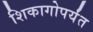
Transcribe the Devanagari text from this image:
शिकागोपर्यंत